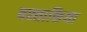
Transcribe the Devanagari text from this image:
बस्ताकिया